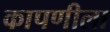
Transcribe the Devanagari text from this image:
कापणीला